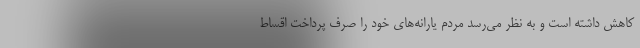
کاهش داشته است و به نظر می‌رسد مردم یارانه‌های خود را صرف پرداخت اقساط